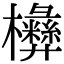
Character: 㰘